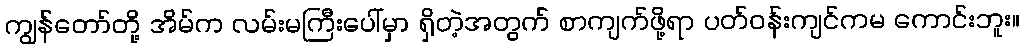
ကျွန်တော်တို့ အိမ်က လမ်းမကြီးပေါ်မှာ ရှိတဲ့အတွက် စာကျက်ဖို့ရာ ပတ်ဝန်းကျင်ကမ ကောင်းဘူး။